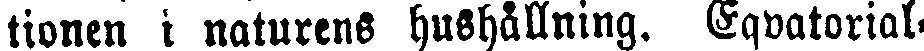
tionen l naturens hushållning. Eqvatorial-